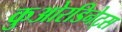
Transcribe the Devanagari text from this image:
कुओरडिनेट्स